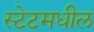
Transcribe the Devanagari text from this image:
स्टेटमधील